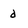
Character: d